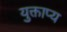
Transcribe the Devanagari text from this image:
युक्ताप्य